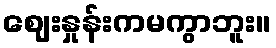
ဈေးနှုန်းကမကွာဘူး။